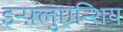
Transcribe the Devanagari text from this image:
इन्फ़्लुएन्शिय